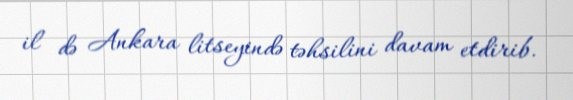
il də Ankara litseyində təhsilini davam etdirib.